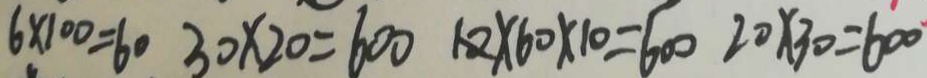
6 \times 1 0 0 = 6 0 3 0 \times 2 0 = 6 0 0 1 2 \times 6 0 \times 1 0 = 6 0 0 2 0 \times 3 0 = 6 0 0